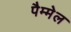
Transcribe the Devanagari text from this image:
पैम्मेल